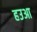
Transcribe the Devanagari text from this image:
हउआ